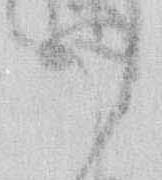
可